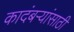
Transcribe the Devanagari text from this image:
कादंबऱ्यांसाठी